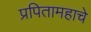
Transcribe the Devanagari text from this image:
प्रपितामहाचे